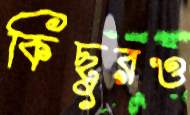
কিছুরও